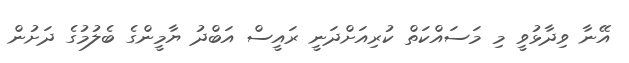
އޭނާ ވިދާޅުވީ މި މަސައްކަތް ކުރިއަށްދަނީ ރައީސް އަބްދު ޔާމީންގެ ބެލުމުގެ ދަށުން